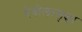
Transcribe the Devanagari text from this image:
देवीलासुद्धा